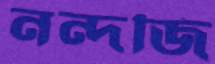
নন্দজি